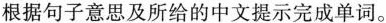
根据句子意思及所给的中文提示完成单词。